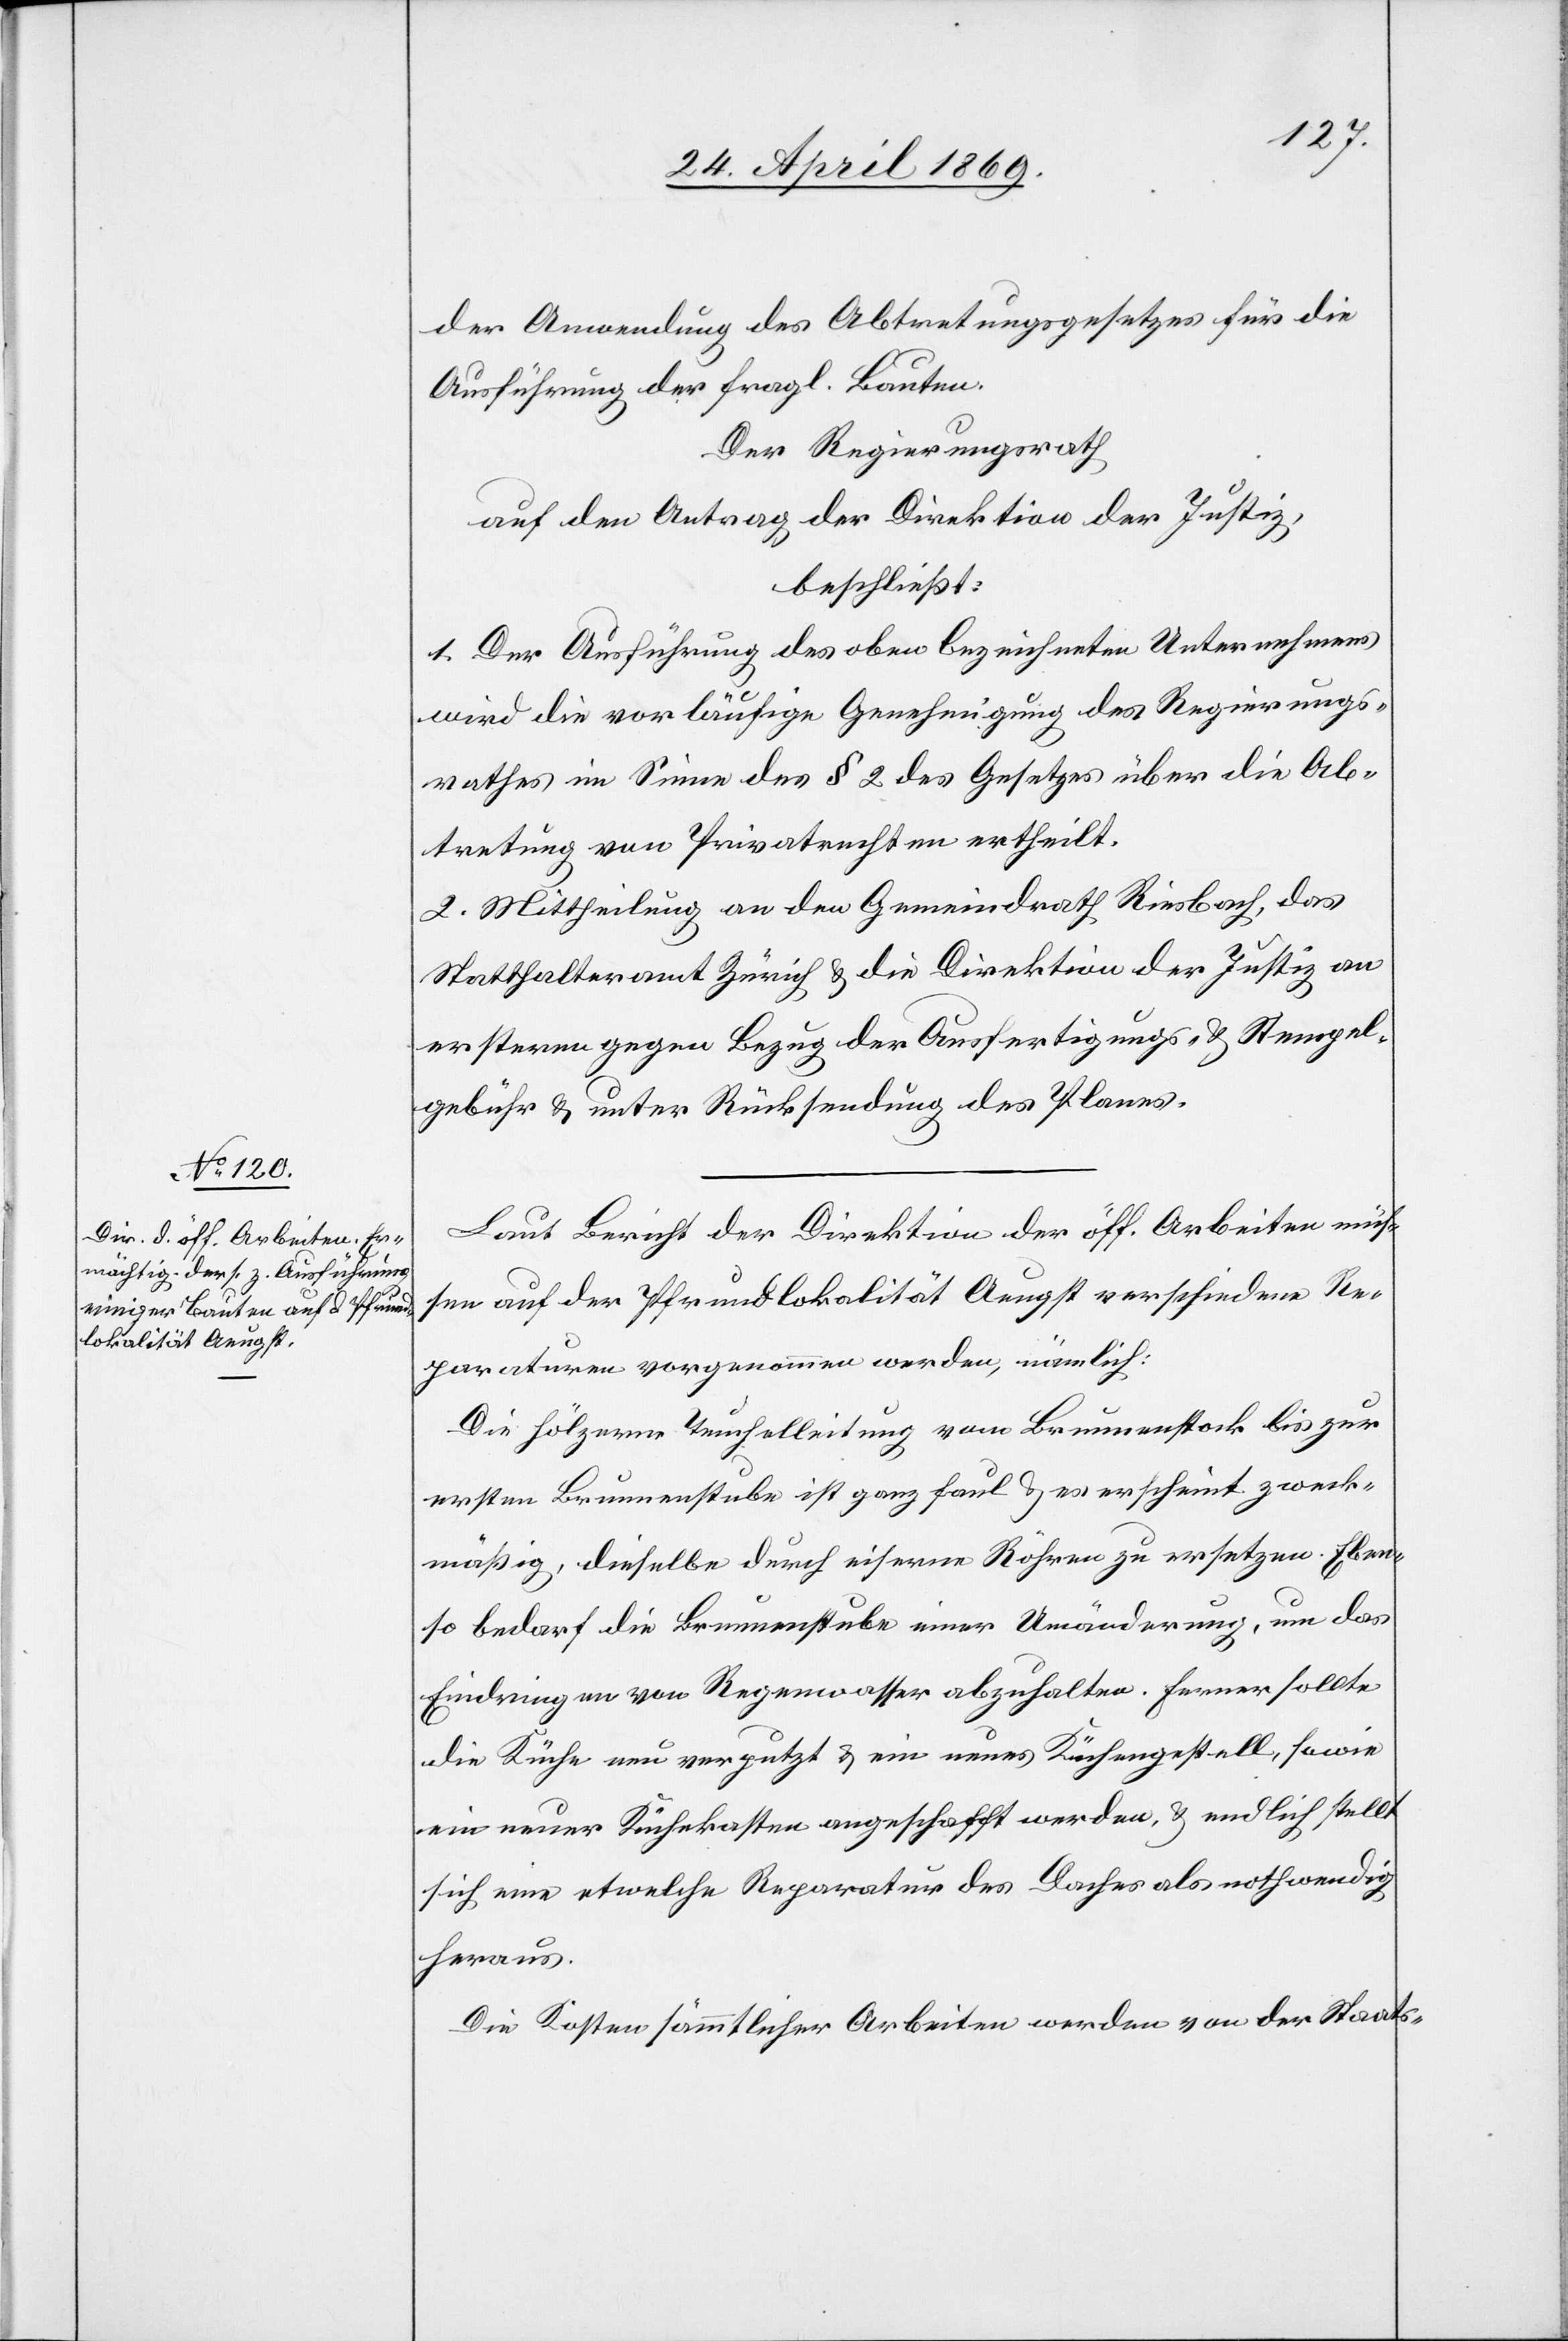
der Anwendung des Abtretungsgesetzes für die
Ausführung der fragl. Bauten.
Der Regierungsrath
auf den Antrag der Direktion der Justiz,
beschließt:
1. Der Anführung des oben bezeichneten Unternehmens
wird die vorläufige Genehmigung des Regierungs¬
rathes im Sinne des § 2 des Gesetzes über die Ab¬
tretung von Privatrechten ertheilt.
2. Mittheilung an den Gemeindrath Riesbach, das
Statthalteramt Zürich u. die Direktion der Justiz an
ersteren gegen Bezug der Ausfertigungs- u. Stempel¬
gebühr u. unter Rücksendung des Planes.
Laut Bericht der Direktion der öff. Arbeiten müs¬
sen auf der Pfrundlokalität Aeugst verschiedene Re¬
paraturen vorgenommen werden, nämlich:
Die hölzerne Teuchelleitung vom Brunnenstock bis zur
ersten Brunnenstube ist ganz faul u. er erscheint zweck¬
mäßig, dieselbe durch eiserne Röhren zu ersetzen. Eben¬
so bedarf die Brunnenstube einer Umänderung, um das
Eindringen von Regenwasser abzuhalten. Ferner sollte
die Küche neu verputzt u. ein neues Küchengestell sowie
ein neuer Küchenkasten angeschafft werden, u. endlich stellt
sich eine etwelche Reparatur des Daches als nothwendig
heraus.
Die Kosten sämmtlicher Arbeiten werden von der Staats-